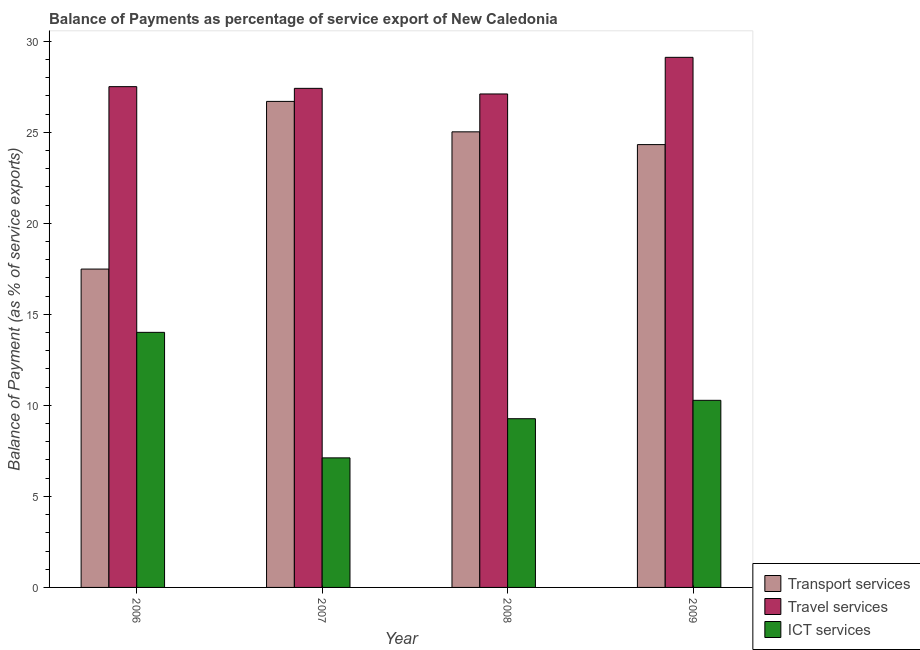
| Year | Transport services | Travel services | ICT services |
 | --- | --- | --- | --- |
 | 2006 | 17.5 | 27.5 | 14 |
 | 2007 | 26.7 | 27.4 | 7.12 |
 | 2008 | 25 | 27.1 | 9.27 |
 | 2009 | 24.3 | 29.1 | 10.3 |